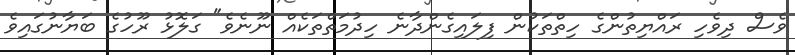
ވެސް ދިވެހި ރައްޔިތުންގެ ހިތްތަކުން ފިލައިގެންދާނެ ހިދުމަތްތަކެއް ނޫނެވެ" ގަލޮޅު ރޫހުގެ ބަޔާނުގައިވެ